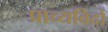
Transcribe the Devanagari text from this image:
प्राच्यविदों